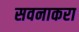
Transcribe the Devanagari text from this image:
सवनाकरा